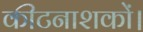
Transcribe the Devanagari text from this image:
कीटनाशकों।